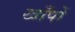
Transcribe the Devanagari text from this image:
खाँपों